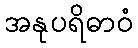
အနုပရိဓာဝံ